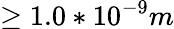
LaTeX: \ge 1.0*10^{-9}m